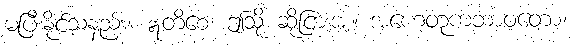
မပြီးနိုင်သနည်း။ ဣတိစေ၊ ဤသို့ ဆိုငြားအံ့။ အဟေတုကဘာဝတော၊